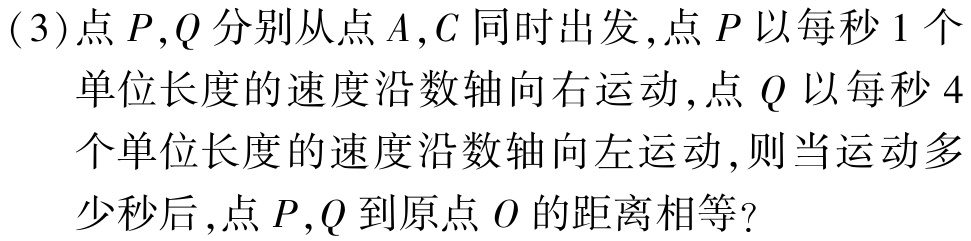
(3)点 \(P,Q\) 分别从点 \(A,C\) 同时出发,点 \(P\) 以每秒 \(1\) 个

单位长度的速度沿数轴向右运动,点 \(Q\) 以每秒 \(4\)

个单位长度的速度沿数轴向左运动,则当运动多

少秒后,点 \(P,Q\) 到原点 \(O\) 的距离相等?